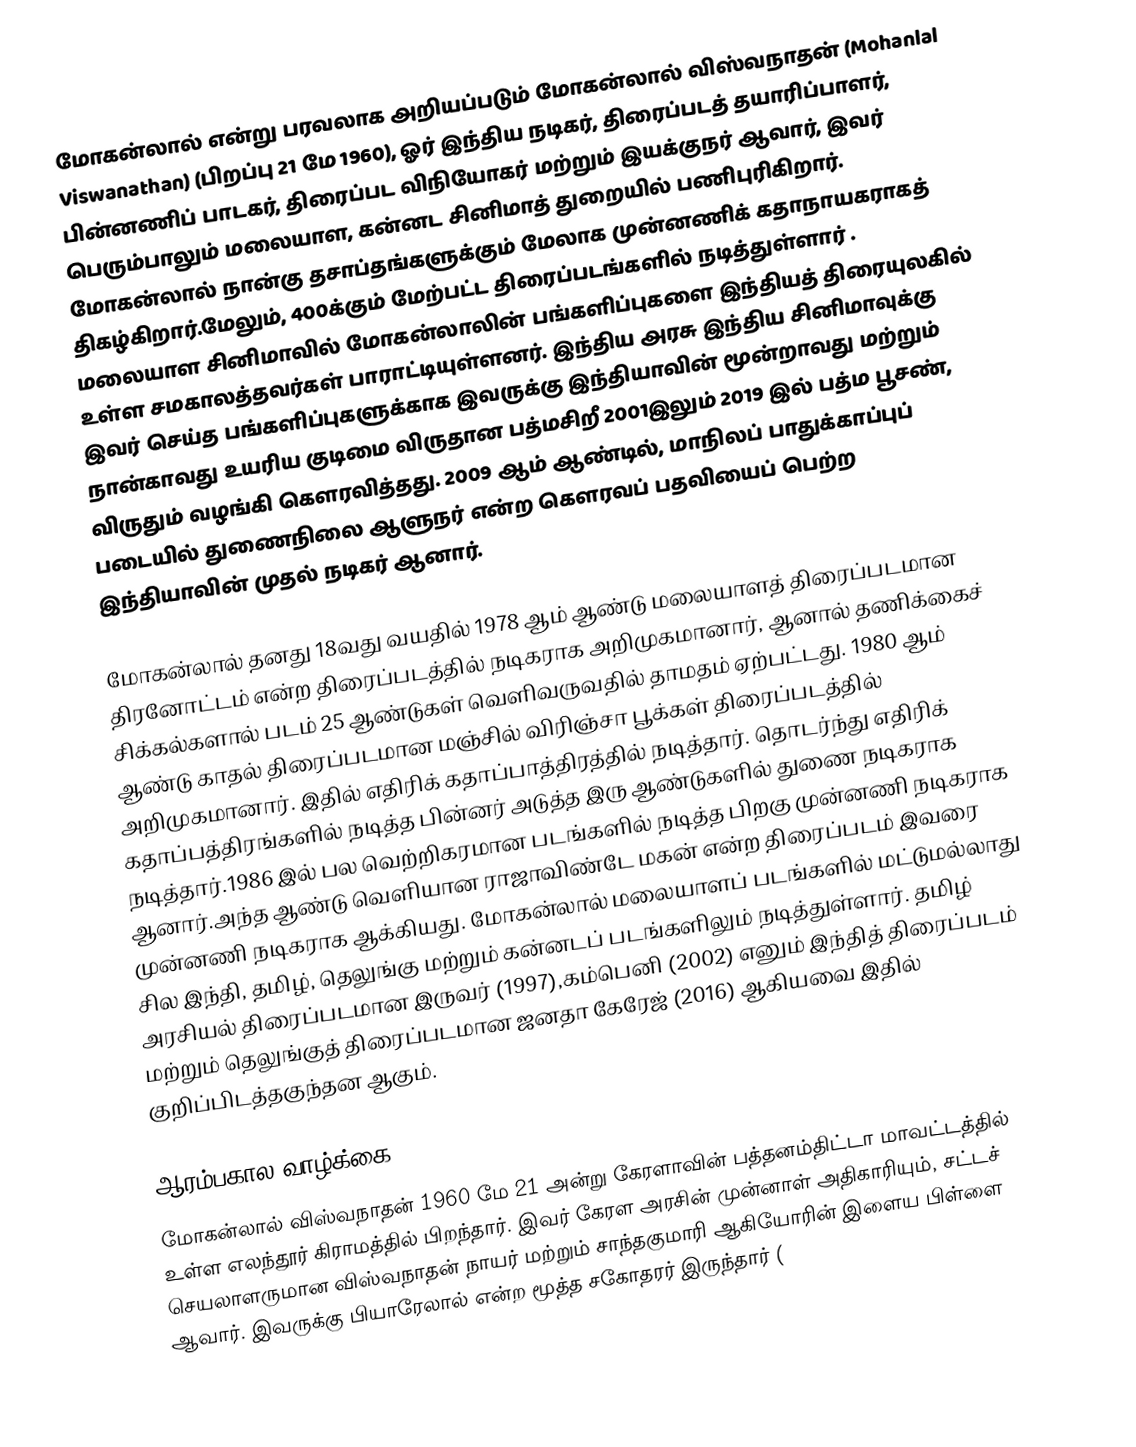
மோகன்லால் என்று பரவலாக அறியப்படும் மோகன்லால் விஸ்வநாதன் (Mohanlal Viswanathan) (பிறப்பு 21 மே 1960), ஓர் இந்திய நடிகர், திரைப்படத் தயாரிப்பாளர், பின்னணிப் பாடகர், திரைப்பட விநியோகர் மற்றும் இயக்குநர் ஆவார், இவர் பெரும்பாலும் மலையாள, கன்னட சினிமாத் துறையில் பணிபுரிகிறார். மோகன்லால் நான்கு தசாப்தங்களுக்கும் மேலாக முன்னணிக் கதாநாயகராகத் திகழ்கிறார்.மேலும், 400க்கும் மேற்பட்ட திரைப்படங்களில் நடித்துள்ளார் . மலையாள சினிமாவில் மோகன்லாலின் பங்களிப்புகளை இந்தியத் திரையுலகில் உள்ள சமகாலத்தவர்கள் பாராட்டியுள்ளனர். இந்திய அரசு இந்திய சினிமாவுக்கு இவர் செய்த பங்களிப்புகளுக்காக இவருக்கு இந்தியாவின்  மூன்றாவது மற்றும் நான்காவது உயரிய குடிமை விருதான பத்மசிறீ 2001இலும்   2019 இல் பத்ம பூசண், விருதும் வழங்கி கௌரவித்தது. 2009 ஆம் ஆண்டில், மாநிலப் பாதுக்காப்புப் படையில் துணைநிலை ஆளுநர் என்ற கௌரவப் பதவியைப் பெற்ற இந்தியாவின் முதல் நடிகர் ஆனார்.

மோகன்லால் தனது 18வது வயதில் 1978 ஆம் ஆண்டு மலையாளத் திரைப்படமான திரனோட்டம் என்ற திரைப்படத்தில் நடிகராக அறிமுகமானார், ஆனால் தணிக்கைச் சிக்கல்களால் படம் 25 ஆண்டுகள் வெளிவருவதில் தாமதம் ஏற்பட்டது. 1980 ஆம் ஆண்டு காதல் திரைப்படமான மஞ்சில் விரிஞ்சா பூக்கள் திரைப்படத்தில் அறிமுகமானார். இதில் எதிரிக் கதாப்பாத்திரத்தில் நடித்தார். தொடர்ந்து எதிரிக் கதாப்பத்திரங்களில் நடித்த பின்னர் அடுத்த இரு ஆண்டுகளில் துணை நடிகராக நடித்தார்.1986 இல் பல வெற்றிகரமான படங்களில் நடித்த பிறகு முன்னணி நடிகராக ஆனார்.அந்த ஆண்டு வெளியான ராஜாவிண்டே மகன் என்ற திரைப்படம் இவரை முன்னணி நடிகராக ஆக்கியது. மோகன்லால் மலையாளப் படங்களில் மட்டுமல்லாது  சில இந்தி, தமிழ், தெலுங்கு மற்றும் கன்னடப் படங்களிலும் நடித்துள்ளார். தமிழ் அரசியல் திரைப்படமான இருவர் (1997),கம்பெனி  (2002) எனும் இந்தித் திரைப்படம் மற்றும் தெலுங்குத் திரைப்படமான ஜனதா கேரேஜ் (2016) ஆகியவை இதில் குறிப்பிடத்தகுந்தன ஆகும்.

ஆரம்பகால வாழ்க்கை
மோகன்லால் விஸ்வநாதன் 1960 மே 21 அன்று கேரளாவின் பத்தனம்திட்டா மாவட்டத்தில் உள்ள எலந்தூர் கிராமத்தில் பிறந்தார். இவர் கேரள அரசின் முன்னாள் அதிகாரியும், சட்டச் செயலாளருமான விஸ்வநாதன் நாயர் மற்றும் சாந்தகுமாரி ஆகியோரின் இளைய பிள்ளை ஆவார். இவருக்கு பியாரேலால் என்ற மூத்த சகோதரர் இருந்தார் (